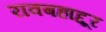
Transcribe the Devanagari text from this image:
रावबहाद्दूर